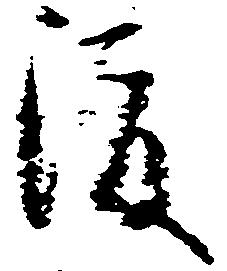
渡